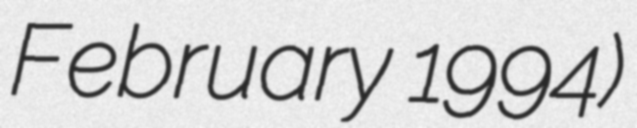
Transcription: February 1994)